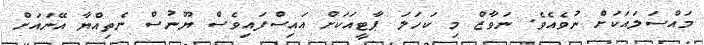
މައްސަލައަކަށް ނުވެއެވެ. ނަވާޒް މި ކަހަލަ ޕާޓީއަކަށް އައިސްފައިވެސް ޔޫނުސް ނެތިއްޔާ އޭނައަށް